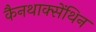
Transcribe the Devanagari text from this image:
कैनथाक्सेंथिन